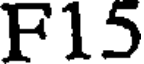
F15